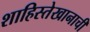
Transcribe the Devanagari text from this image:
शाहिस्तेखानाची